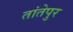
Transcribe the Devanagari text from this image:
तांतेपुर